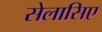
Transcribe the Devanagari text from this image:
सेलासिए